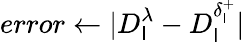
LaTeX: error\gets|D_{\mathsf{l}}^{\lambda}-D_{\mathsf{l}}^{\delta_{\mathsf{l}}^{+}}|